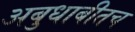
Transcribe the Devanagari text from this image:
अबुधाबीतच